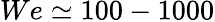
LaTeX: We\simeq 100-1000